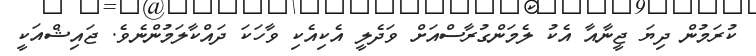
ކުރަމުން ދިޔަ ޖީނާއާ އެކު ލެމަންގުރާސްއަށް ވަދެލީ އެކިއެކި ވާހަކަ ދައްކާލަމުންނެވެ. ޖައިޝްއަކީ